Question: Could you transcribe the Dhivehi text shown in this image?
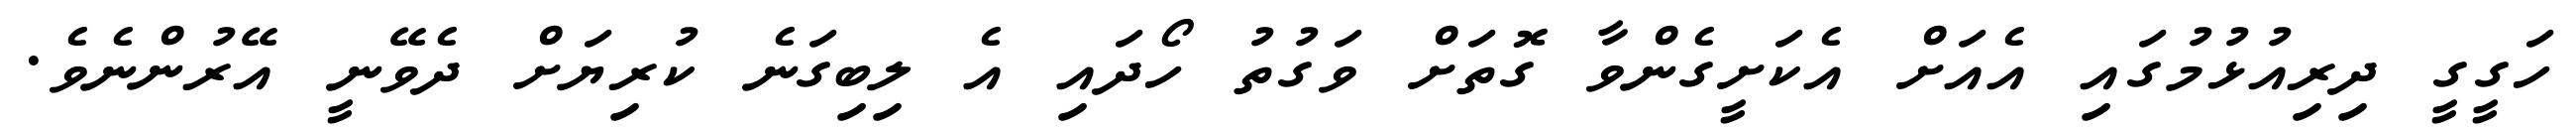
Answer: ހަގީގީ ދިރިއުޅުމުގައި އެއަށް އެކަށީގެންވާ ގޮތަށް ވަގުތު ހޯދައި އެ ލިބިގަނެ ކުރިޔަށް ދެވޭނީ އޭރުންނެވެ.